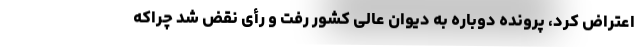
اعتراض کرد، پرونده دوباره به دیوان عالی کشور رفت و رأی نقض شد چراکه